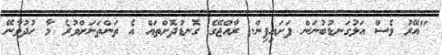
"އޭރު ވެސް އަޅުގަނޑުބުނަން ފަށައިފިން. ރާއްޖޭގެ ގޮނޑުދޮށްތައް އެ ތަންތަނަށްވުރެ މާ ހުދުވާނޭ